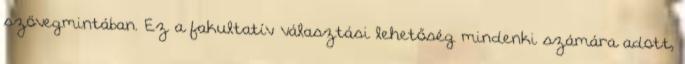
szövegmintában. Ez a fakultatív választási lehetőség mindenki számára adott,